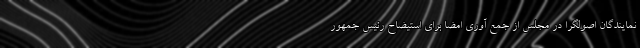
نمایندگان اصولگرا در مجلس از جمع آوری امضا برای استیضاح رئیس جمهور